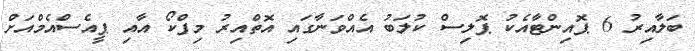
ބަލާއިރު 6 ޕޮއިންޓާއެކު ޕޮލިސް ކުލަބު އެއްވަނާގައި އޮތްއިރު މިފްކޯ އާއި ޕީއެސްއެމްއަށް